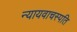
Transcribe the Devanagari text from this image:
न्यायवाचस्पति